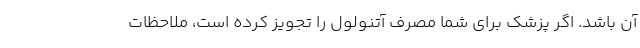
آن باشد. اگر پزشک برای شما مصرف آتنولول را تجویز کرده است، ملاحظات